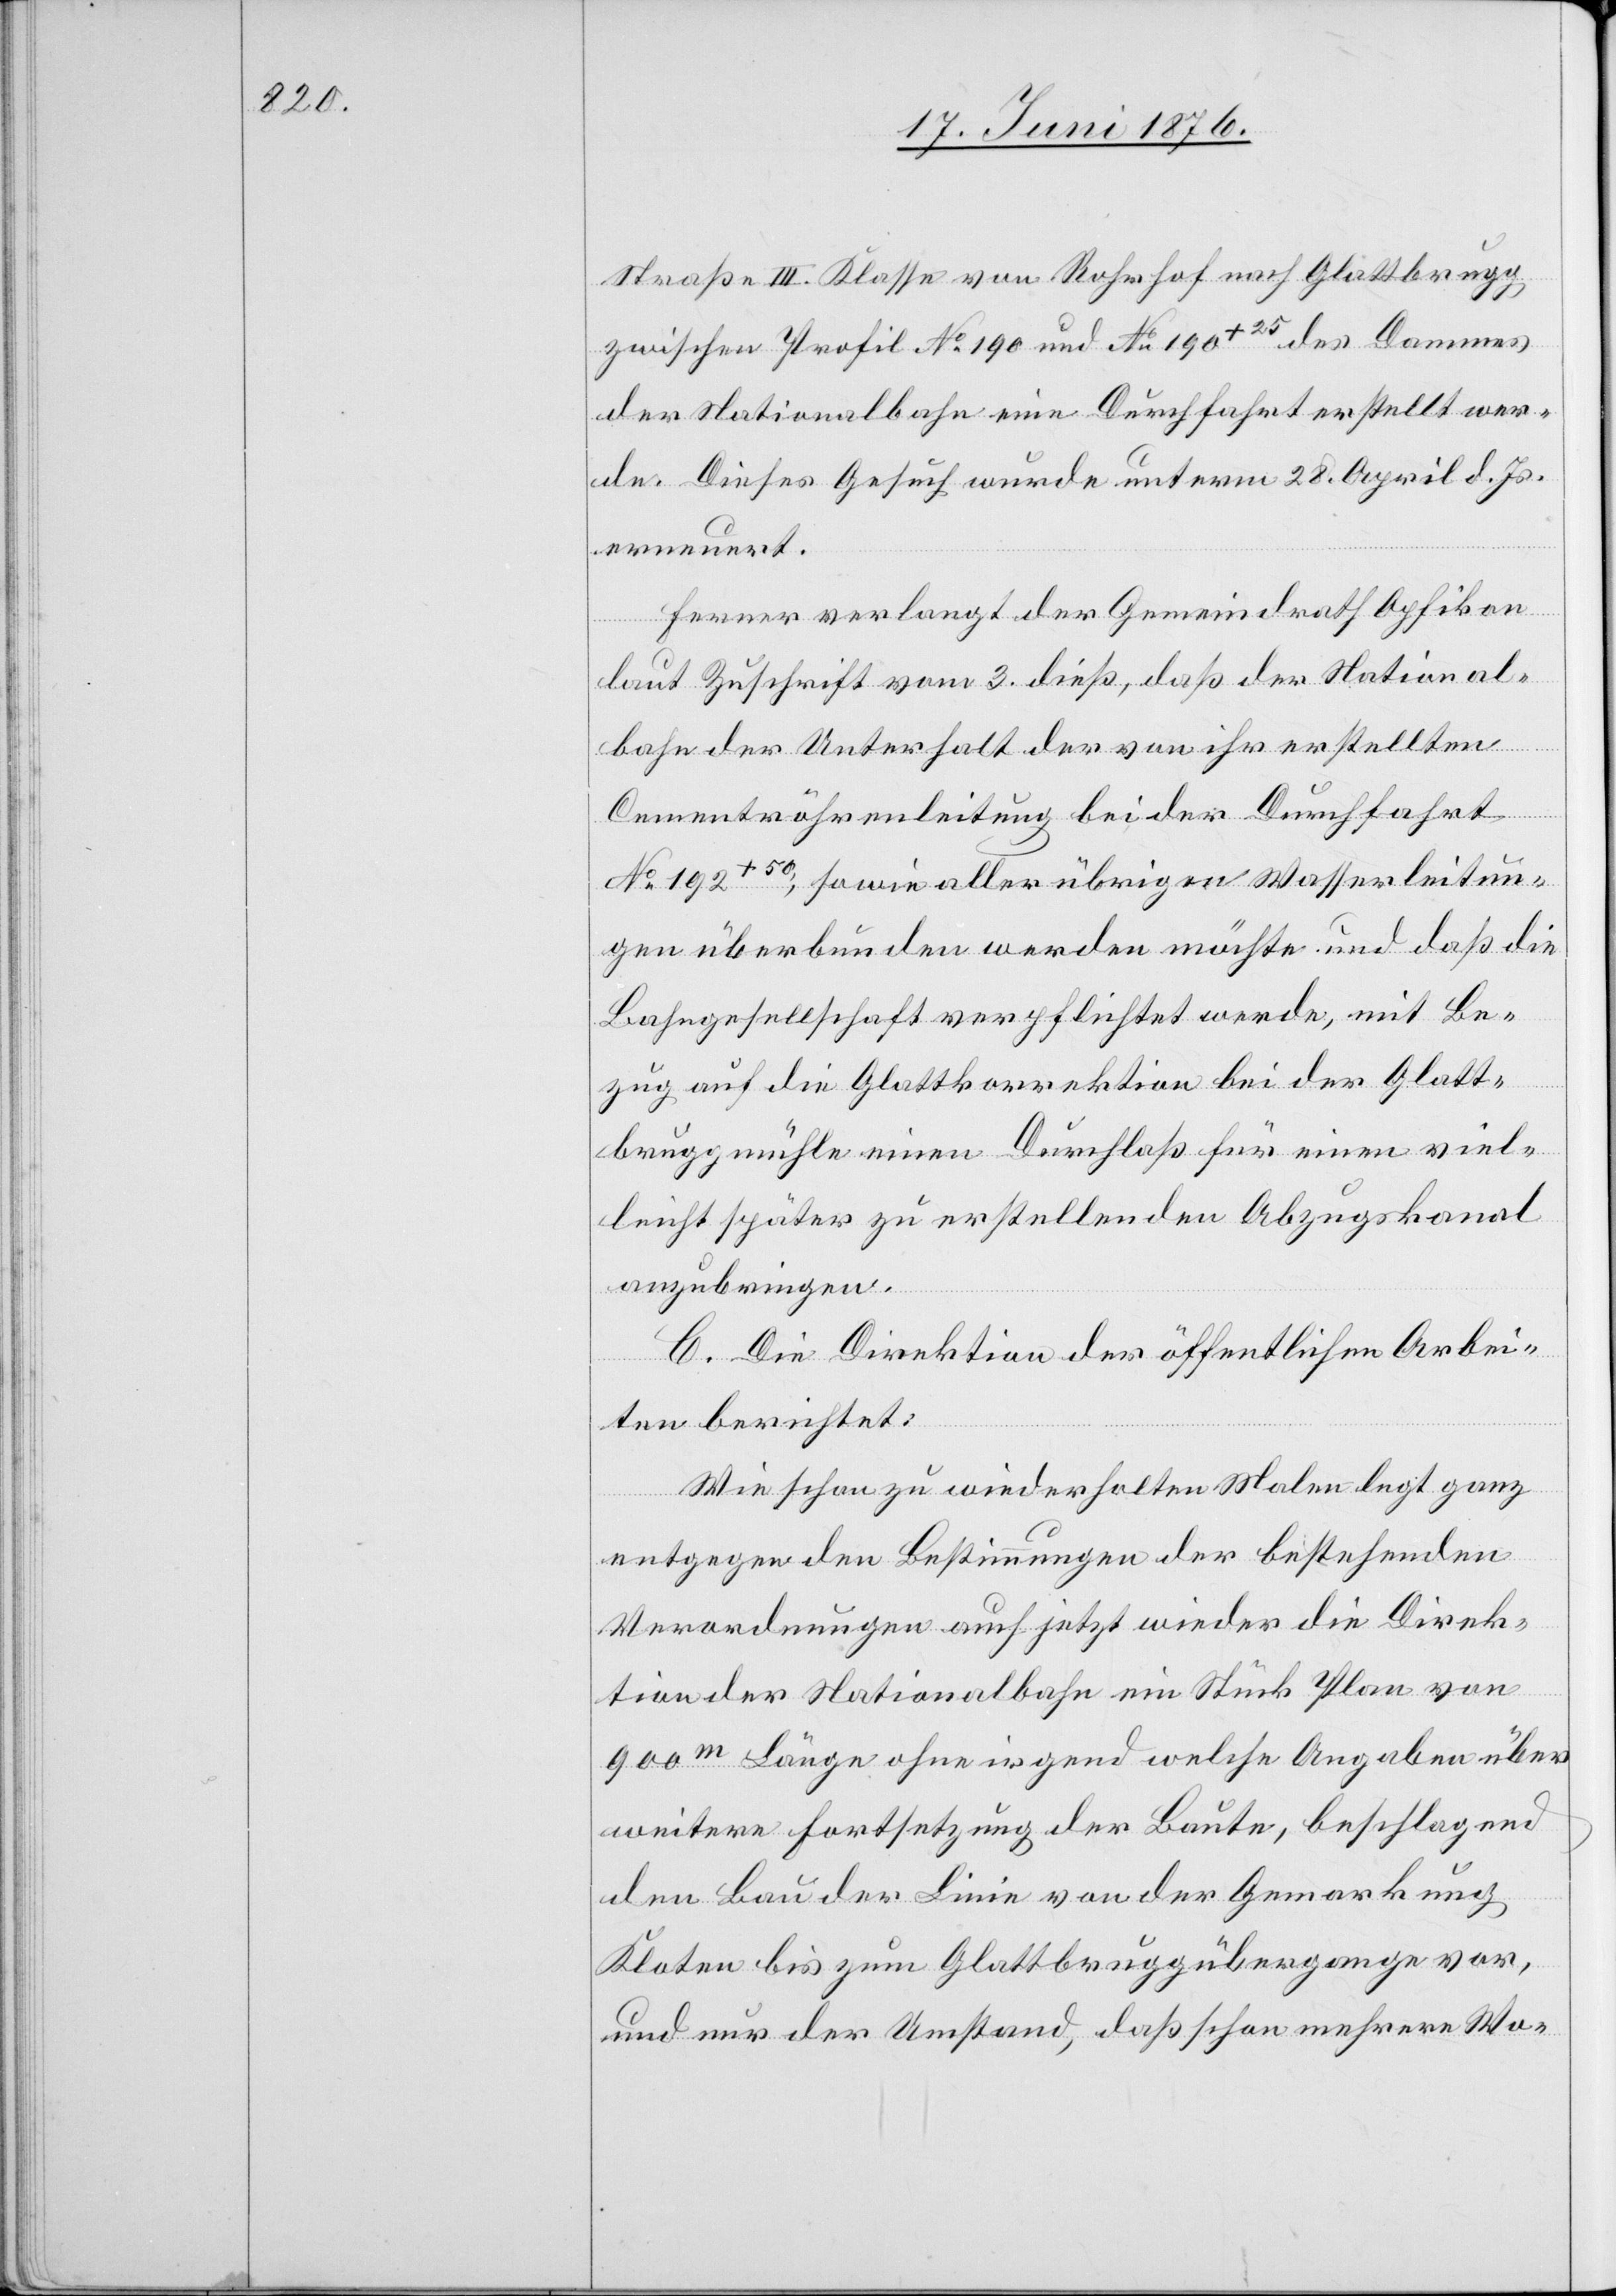
Straße III. Klasse von Rohrhof nach Glattbrugg
zwischen Profil No 190 und No 190+25 des Dammes
der Nationalbahn eine Durchfahrt erstellt wer¬
de. Dieses Gesucht wurde unterm 28. April d. Js.
erneuert.
Ferner verlangt der Gemeindrath Opfikon
laut Zuschrift vom 3. dieß, daß der National¬
bahn der Unterhalt der von ihr erstellten
Cementröhrenleitung bei der Durchfahrt
No 192+50, sowie aller übrigen Wasserleitun¬
gen überbunden werden möchte und daß die
Bahngesellschaft verpflichtet werde, mit Be¬
zug auf die Glattkorrektion bei der Glatt¬
bruggmühle einen Durchlaß für einen viel¬
leicht später zu erstellenden Abzugskanal
anzubringen.
C. Die Direktion der öffentlichen Arbei¬
ten berichtet:
Wie schon zu wiederholten Malen legt ganz
entgegen den Bestimmungen der bestehenden
Verordnungen auch jetzt wieder die Direk¬
tion der Nationalbahn ein Stück Plan von
900m Länge ohne irgend welche Angaben über
weitere Fortsetzung der Baute, beschlagend
den Bau der Linie von der Gemarkung
Kloten bis zum Glattbruggübergange vor,
und nur der Umstand, daß schon mehrere Wo-